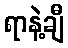
ရာနဲ့ချီ